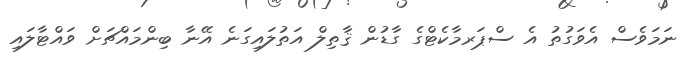
ނަމަވެސް އެވަގުތު އެ ސްޕަރމާކެޓްގެ ގާޑުން ޤާތިލް އަތުލައިގަނެ އޭނާ ބިންމައްޗަށް ވައްޓާލައި